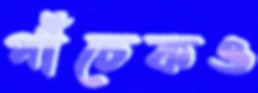
পাঁচেকও